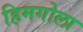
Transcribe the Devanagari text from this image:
हिमगोला